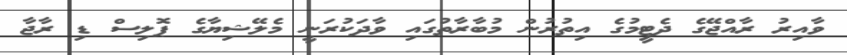
ވާއިރު ރާއްޖޭގެ ދެޓީމުގެ އިތުރުން މުބާރާތުގައި ވާދަކުރަނީ މެލޭޝިޔާގެ ޕޮލިސް ޑި ރާޖާ